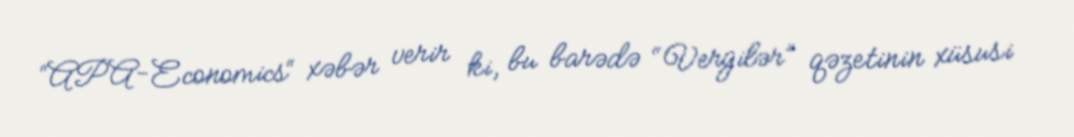
“APA-Economics“ xəbər verir ki, bu barədə “Vergilər” qəzetinin xüsusi